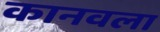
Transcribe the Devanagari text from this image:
कानवला